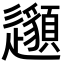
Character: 𨙁